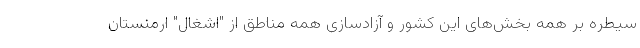
سیطره بر همه بخش‌های این کشور و آزادسازی همه مناطق از "اشغال" ارمنستان